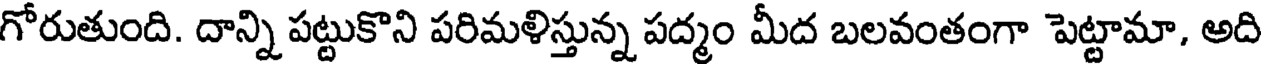
గోరుతుంది. దాన్ని పట్టుకొని పరిమళిస్తున్న పద్మం మీద బలవంతంగా పెట్టామా, అది